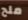
ملح